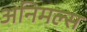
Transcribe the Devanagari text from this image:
अनिमल्स